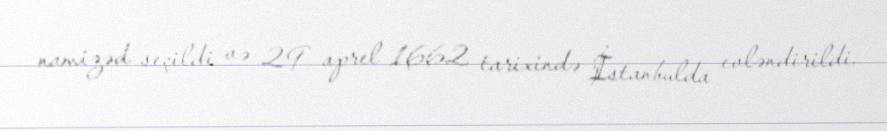
namizəd seçildi və 29 aprel 1662 tarixində İstanbulda evləndirildi.